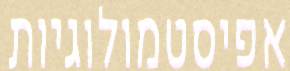
אפיסטמולוגיות